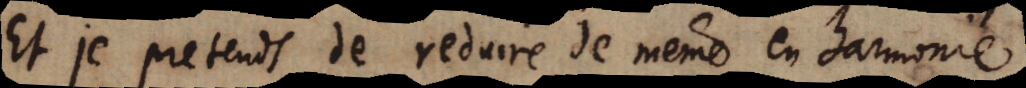
Et je pretends de reduire de même en harmonie